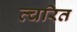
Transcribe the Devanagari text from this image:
त्चरित